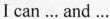
I can ... And...